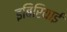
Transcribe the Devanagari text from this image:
इबिरियाई